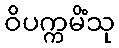
ဝိပက္ကမိံသု